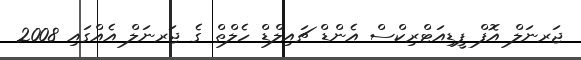
ޖަރނަލް އޮފް ޕީޑިއަޓްރިކްސް އެންޑް ޗައިލްޑް ހެލްތް ގެ ޖަރނަލް އެއްގައި 2008